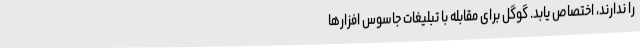
را ندارند، اختصاص یابد. گوگل برای مقابله با تبلیغات جاسوس افزارها